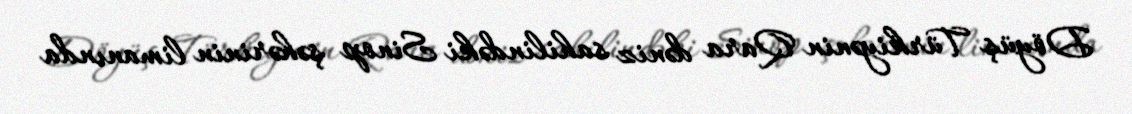
Döyüş Türkiyənin Qara dəniz sahilindəki Sinop şəhərinin limanında